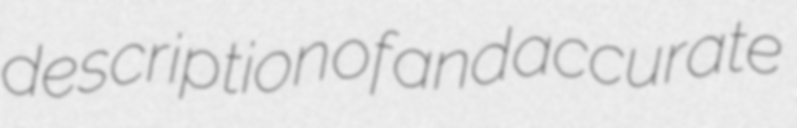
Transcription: description of and accurate